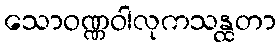
သောဝဏ္ဏဝါလုကသန္ထတာ